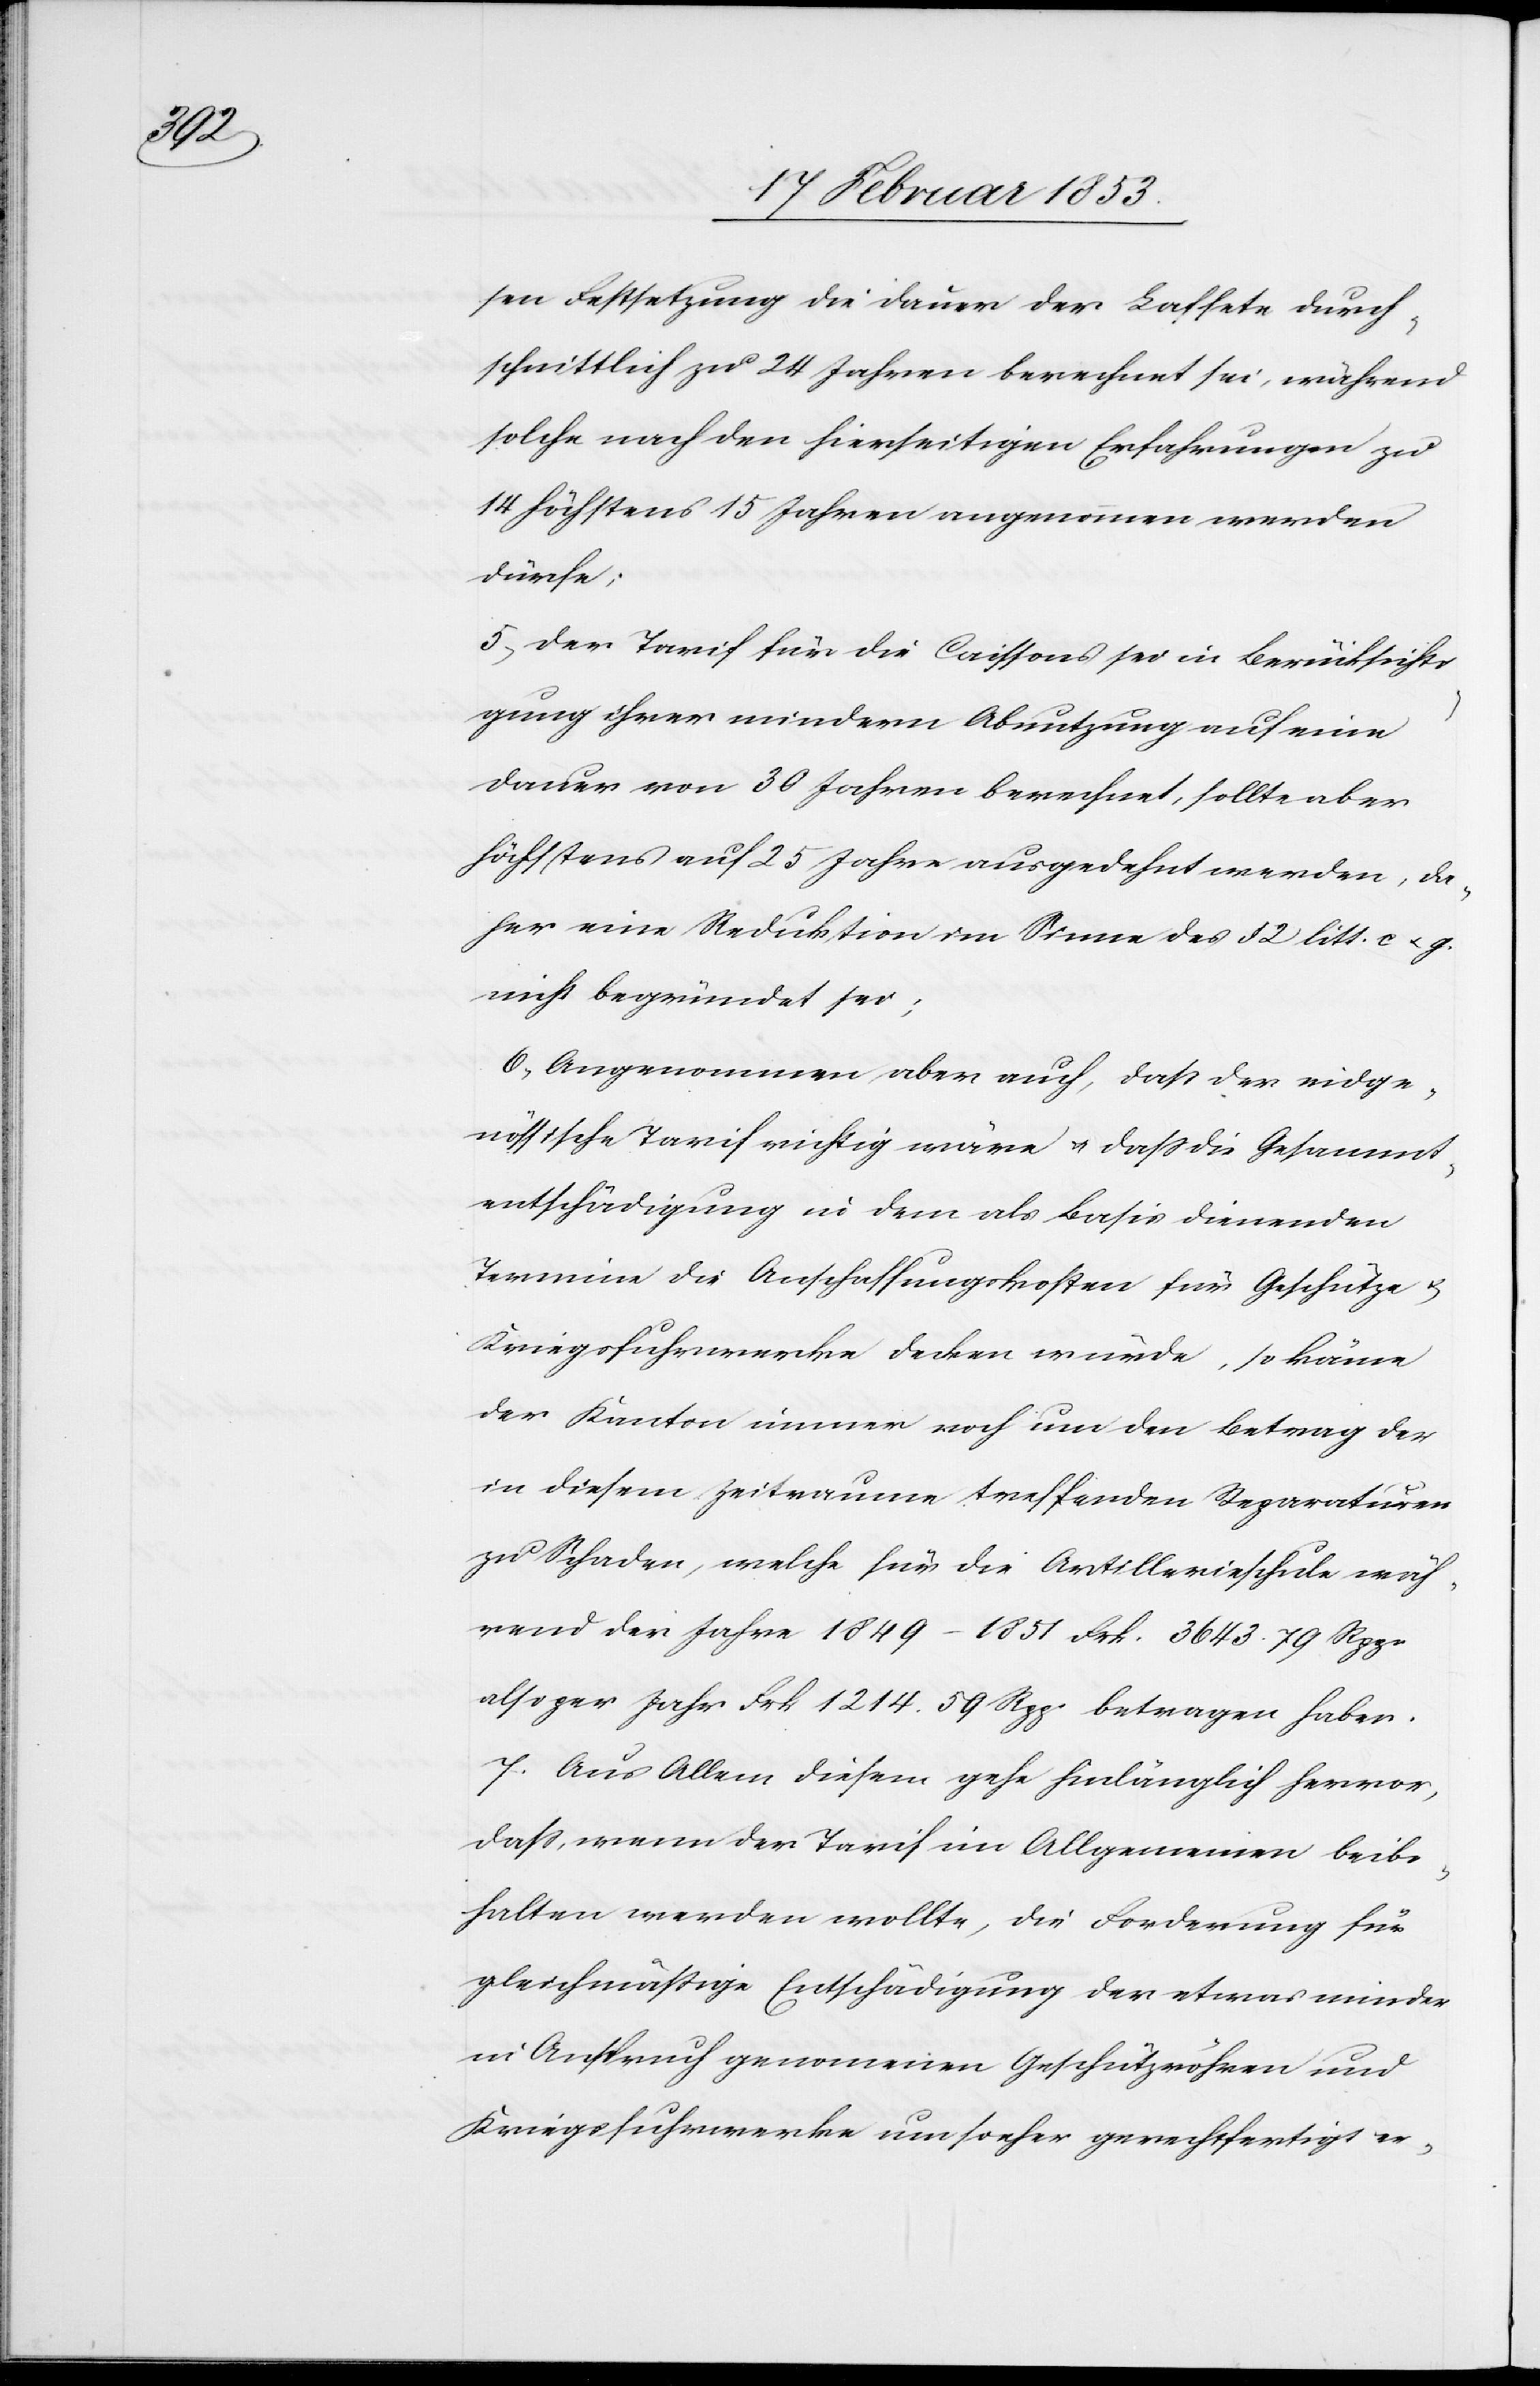
sen Festsetzung die Dauer der Laffete durch¬
schnittlich zu 24 Jahren berechnet sei, während
solche nach den hierseitigen Erfahrungen zu
14 höchstens 15 Jahren angenommen werden
dürfe;
5, Der Tarif für die Caissons sei in Berücksichti¬
gung ihrer mindern Abnutzung auf eine
Dauer von 30 Jahren berechnet, sollte aber
höchstens auf 25 Jahre ausgedehnt werden, da¬
her eine Reduktion im Sinne des § 2 litt. c. u. g.
nicht begründet sei;
6, Angenommen aber auch, daß der eidge¬
nössische Tarif richtig wäre u. daß die Gesammt¬
entschädigung in dem als Basis dienenden
Termine die Anschaffungskosten für Geschütze u.
Kriegsfuhrwerke decken würde, so könne
der Kanton immer noch um den Betrag der
in diesem Zeitraume treffenden Reparaturen
zu Schaden, welche für die Artillerieschule wäh¬
rend der Jahre 1849–1851 Frk. 3643. 79 Rpp.
also pro Jahr Frk 1214. 59 Rpp. betragen haben.
7. Aus Allem diesem gehe hinlänglich hervor,
daß, wenn der Tarif im Allgemeinen beibe¬
halten werden wollte, die Forderung für
gleichmäßige Entschädigung der etwas minder
in Anspruch genommenen Geschützröhren und
Kriegsfuhrwerke um so eher gerechtfertigt er-